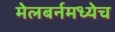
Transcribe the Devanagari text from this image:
मेलबर्नमध्येच